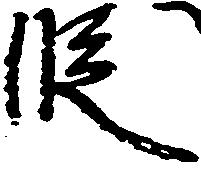
段